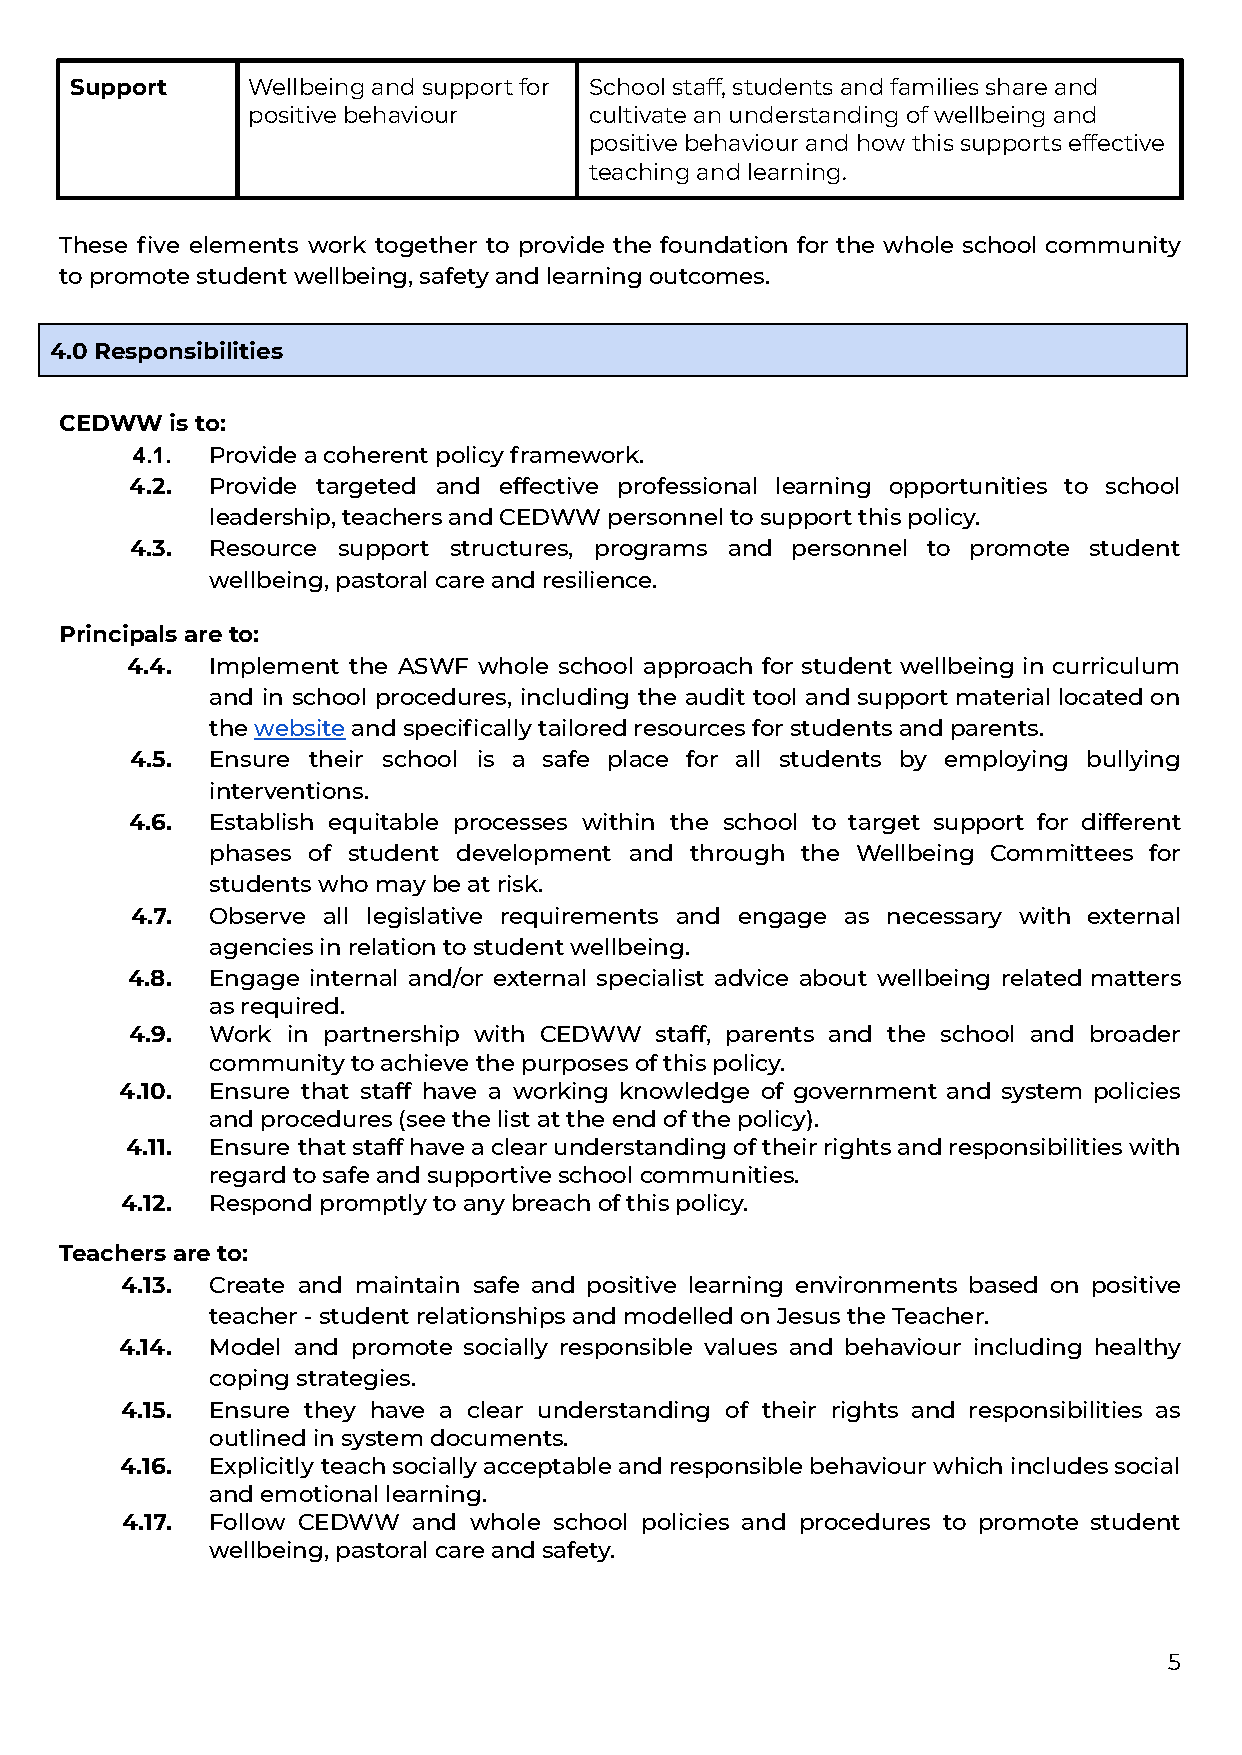
Support    Wellbeing and support for School staff, students and families share and
 positive behaviour     cultivate an understanding of wellbeing and
 positive behaviour and how this supports effective
 teaching and learning.
 These five elements work together to provide the foundation for the whole school community
 to promote student wellbeing, safety and learningoutcomes.
 4.0 Responsibilities
 CEDWW  is to:
 4.1. Provide a coherent policy framework.
 4.2. Provide targeted and effective professional learning opportunities to school
 leadership, teachers and CEDWW personnel to supportthis policy.
 4.3. Resource support structures, programs and personnel to promote student
 wellbeing, pastoral care and resilience.
 Principals are to:
 4.4.  Implement the ASWF whole school approach for student wellbeing in curriculum
 and in school procedures, including the audit tool andsupportmateriallocatedon
 thewebsiteand specifically tailored resources forstudents and parents.
 4.5. Ensure their school is a safe place for all students by employing bullying
 interventions.
 4.6. Establish equitable processes within the school to target support for different
 phases of student development and through the Wellbeing Committees for
 students who may be at risk.
 4.7. Observe all legislative requirements and engage as necessary with external
 agencies in relation to student wellbeing.
 4.8.  Engage internal and/or external specialist advice about wellbeing related matters
 as required.
 4.9. Work in partnership with CEDWW staff, parents and the school and broader
 community to achieve the purposes of this policy.
 4.10. Ensure that staff have a working knowledge of government and system policies
 and procedures (see the list at the end of the policy).
 4.11. Ensure thatstaffhaveaclearunderstandingoftheirrightsandresponsibilitieswith
 regard to safe and supportive school communities.
 4.12. Respond promptly to any breach of this policy.
 Teachers are to:
 4.13. Create and maintain safe and positive learning environments based on positive
 teacher - student relationships and modelled on Jesusthe Teacher.
 4.14. Model and promote socially responsible values and behaviour including healthy
 coping strategies.
 4.15. Ensure they have a clear understanding of their rights and responsibilities as
 outlined in system documents.
 4.16. Explicitly teachsociallyacceptableandresponsiblebehaviourwhichincludessocial
 and emotional learning.
 4.17. Follow CEDWW and whole school policies and procedures to promote student
 wellbeing, pastoral care and safety.
 5